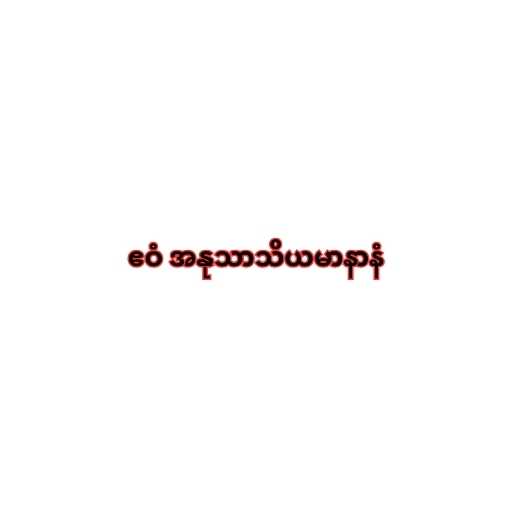
ဧဝံ အနုသာသိယမာနာနံ